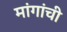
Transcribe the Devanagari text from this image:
मांगांची